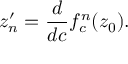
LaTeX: z _ { n } ^ { \prime } = { \frac { d } { d c } } f _ { c } ^ { n } ( z _ { 0 } ) .